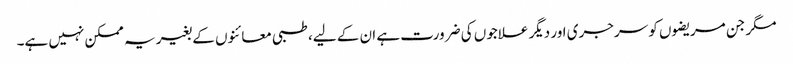
مگر جن مریضوں کو سرجری اور دیگر علاجوں کی ضرورت ہے ان کے لیے، طبی معائنوں کے بغیر یہ ممکن نہیں ہے۔